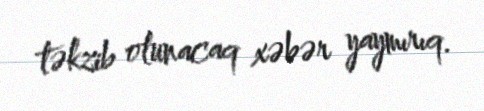
təkzib olunacaq xəbər yaymırıq.